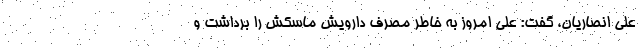
علی انصاریان، گفت: علی امروز به خاطر مصرف دارویش ماسکش را برداشت و